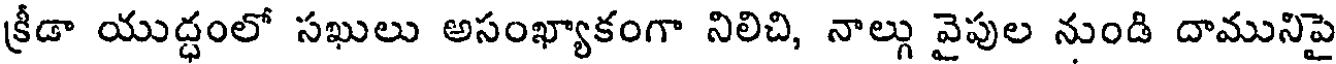
క్రీడా యుద్ధంలో సఖులు అసంఖ్యాకంగా నిలిచి, నాల్గు వైపుల నుండి దామునిపై